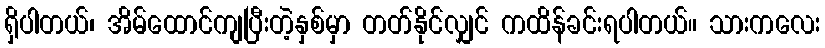
ရှိပါတယ်၊ အိမ်ထောင်ကျပြီးတဲ့နှစ်မှာ တတ်နိုင်လျှင် ကထိန်ခင်းရပါတယ်။ သားကလေး